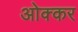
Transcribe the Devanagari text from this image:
ओक्कर